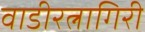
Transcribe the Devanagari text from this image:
वाडीरत्नागिरी